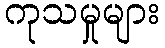
ကုသမှုများ